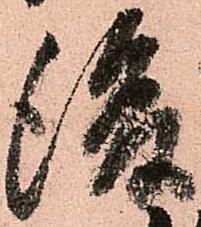
後